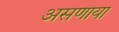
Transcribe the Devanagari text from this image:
असणाया